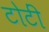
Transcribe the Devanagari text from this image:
टोटीं